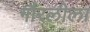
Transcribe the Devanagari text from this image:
गौरलीला